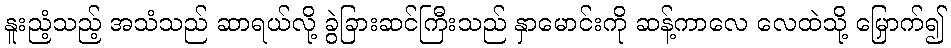
နူးညံ့သည့် အသံသည် ဆာရယ်လို့ ခွဲခြားဆင်ကြီးသည် နှာမောင်းကို ဆန့်ကာလေ လေထဲသို့ မြှောက်၍